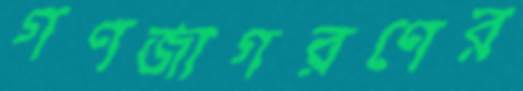
গণজাগরণের